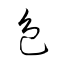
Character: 色